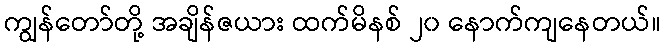
ကျွန်တော်တို့ အချိန်ဇယား ထက်မိနစ် ၂၀ နောက်ကျနေတယ်။